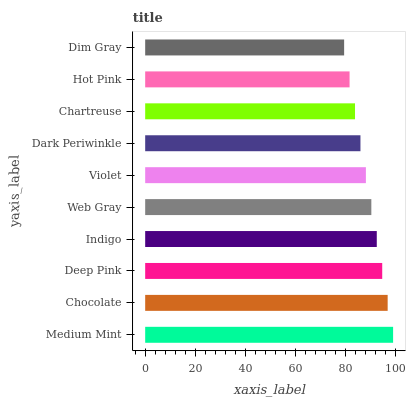
| yaxis_label | bars |
 | --- | --- |
 | Medium Mint | 99 |
 | Chocolate | 96.8 |
 | Deep Pink | 94.7 |
 | Indigo | 92.5 |
 | Web Gray | 90.3 |
 | Violet | 88.1 |
 | Dark Periwinkle | 86 |
 | Chartreuse | 83.8 |
 | Hot Pink | 81.6 |
 | Dim Gray | 79.4 |